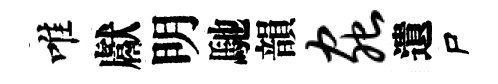
唯獻明馳韻虫遺尸